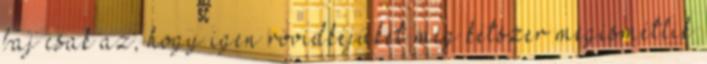
baj csak az, hogy igen rövidkéjüket még kétszer megismétlik